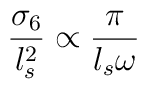
\frac{\sigma_6}{l_s^2}\propto \frac{\pi}{l_s \omega}